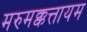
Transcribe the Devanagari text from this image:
मरुमक्कत्तायम